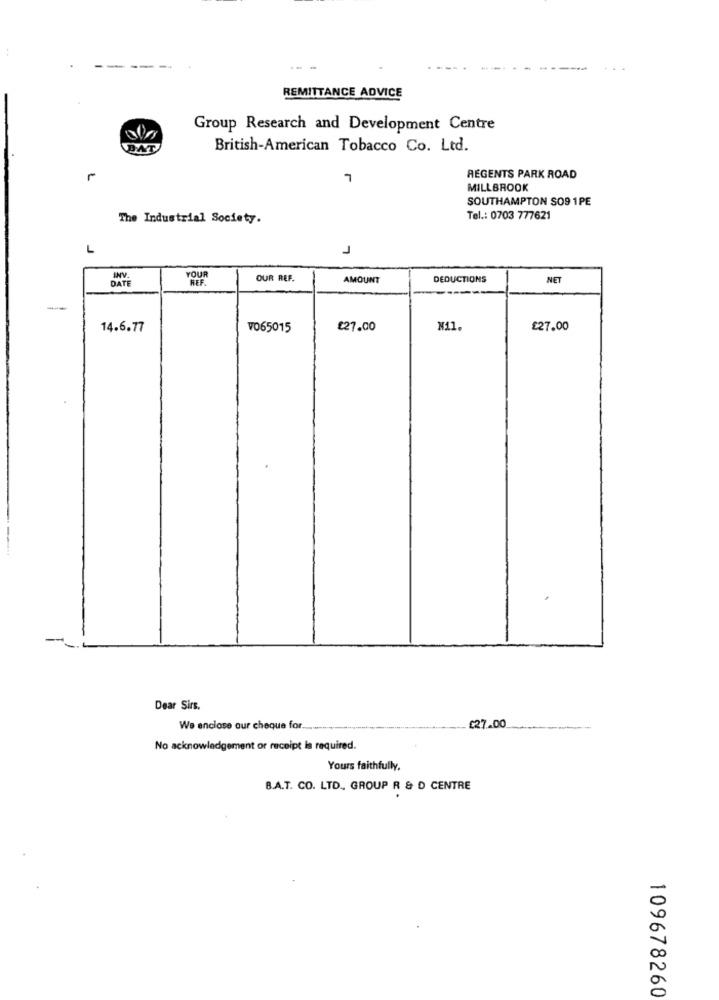
REMITTANCE ADVICE
Group Research and Development Centre
BAT
British-American Tobacco Co. Ltd.
L
7
REGENTS PARK ROAD
MILLBROOK
SOUTHAMPTON SO9 1PE
The Industrial Society.
Tel .: 0703 777621
L
J
YOUR
INV.
REF
OUR REF.
AMOUNT
DEDUCTIONS
NET
DATE
14.6.77
V065015
£27.00
Nil.
£27.00
Dear Sirs.
We enclose our cheque for ............
£27.00
No acknowledgement or receipt is required.
Yours faithfully.
B.A.T. CO. LTD ., GROUP R & D CENTRE
109678260